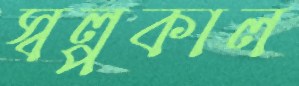
স্বল্পকাল